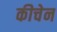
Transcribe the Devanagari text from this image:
कीचेन